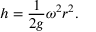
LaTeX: h = { \frac { 1 } { 2 g } } \omega ^ { 2 } r ^ { 2 } .